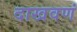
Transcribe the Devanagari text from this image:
दाखवणं